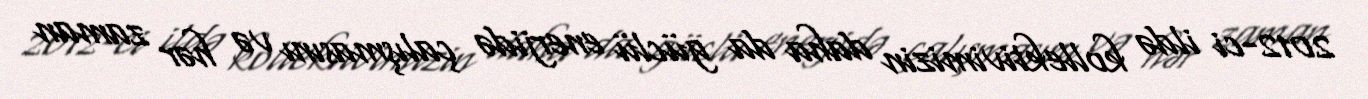
2012-ci ildə kollektivimizin daha da güclü enerjidə çalışmasını və hər zaman